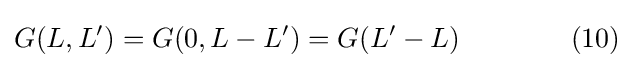
G(L,L')=G(0,L-L')=G(L'-L)\qquad \qquad (10)